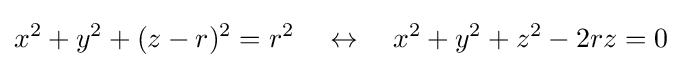
x^{2}+y^{2}+(z-r)^{2}=r^{2}\quad \leftrightarrow \quad x^{2}+y^{2}+z^{2}-2rz=0\